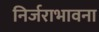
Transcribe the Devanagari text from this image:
निर्जराभावना